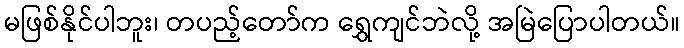
မဖြစ်နိုင်ပါဘူး၊ တပည့်တော်က ရွှေကျင်ဘဲလို့ အမြဲပြောပါတယ်။